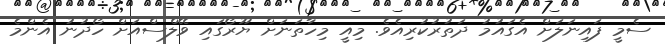
ސެމީ ފައިނަލަށް އެގައުމު ދަތުރުކުރިއެވެ. މިއީ މިހާތަނަށް ޔޫރޯގައި ވޭލްސްއަށް ހޯދުނު އެންމެ